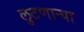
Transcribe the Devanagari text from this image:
लुटणार्‍या